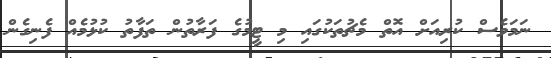
ނަމަވެސް ކުރިއަށް އޮތް މެޗުތަކުގައި މި ޓީމުގެ ފަރާތުން ތަފާތު ކުޅުމެއް ފެނިގެން